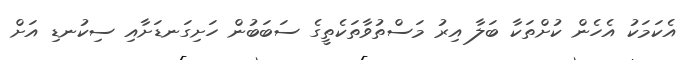
އެކަމަކު އެހެން ކުށްތަކާ ބަލާ އިރު މަސްތުވާތަކެތީގެ ސަބަބުން ހަށިގަނޑަށާއި ސިކުނޑި އަށް